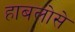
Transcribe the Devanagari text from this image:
हाबलोसे